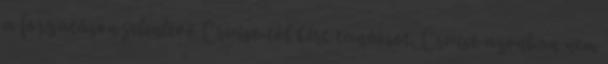
a forgatáson jelenlévő Cruise-tól kért tanácsot. Cruise azonban nem